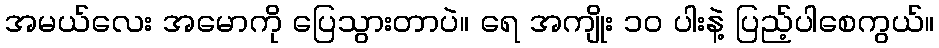
အမယ်လေး အမောကို ပြေသွားတာပဲ။ ရေ အကျိုး ၁၀ ပါးနဲ့ ပြည့်ပါစေကွယ်။